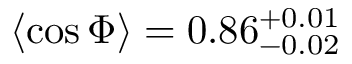
\langle \cos \Phi \rangle = 0 . 8 6 _ { - 0 . 0 2 } ^ { + 0 . 0 1 }